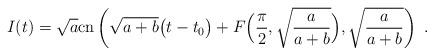
LaTeX: \begin{align*}I(t)=\sqrt{a}\mathrm{cn}\left(\sqrt{a+b}\big(t-t_0\big)+F\Big(\frac\pi2,\sqrt{\frac{a}{a+b}}\Big),\sqrt{\frac{a}{a+b}}\right)\ .\end{align*}